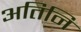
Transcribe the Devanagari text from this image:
अतिनि